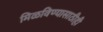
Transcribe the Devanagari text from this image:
मिळविण्यासाठीही